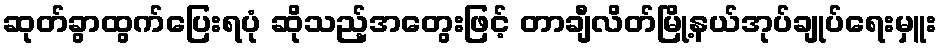
ဆုတ်ခွာထွက်ပြေးရပုံ ဆိုသည့်အတွေးဖြင့် တာချီလိတ်မြို့နယ်အုပ်ချုပ်ရေးမှူး